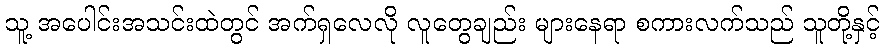
သူ့ အပေါင်းအသင်းထဲတွင် အက်ရှလေလို လူတွေချည်း များနေရာ စကားလက်သည် သူတို့နှင့်